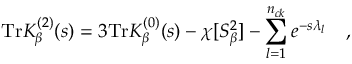
\mathrm { T r } K _ { \beta } ^ { ( 2 ) } ( s ) = 3 \mathrm { T r } K _ { \beta } ^ { ( 0 ) } ( s ) - \chi [ S _ { \beta } ^ { 2 } ] - \sum _ { l = 1 } ^ { n _ { c k } } e ^ { - s \lambda _ { l } } ~ ~ ~ ,